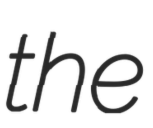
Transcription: the